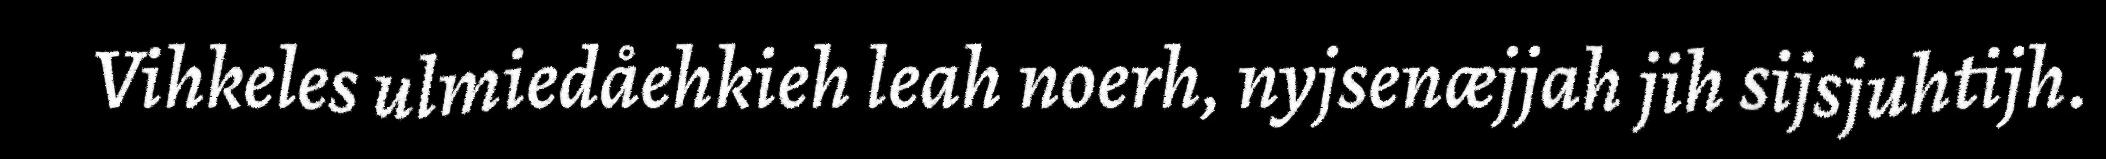
Vihkeles ulmiedåehkieh leah noerh, nyjsenæjjah jih sijsjuhtijh.